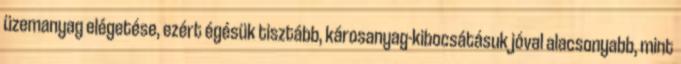
üzemanyag elégetése, ezért égésük tisztább, károsanyag-kibocsátásuk jóval alacsonyabb, mint